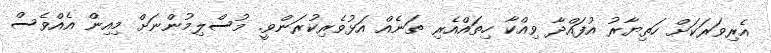
އެރިވަރަކަށް ހަތިޔާރު އުފައްދާ ވިއްކާ ހިތައްއެރި ތަނެއް އަޅުވެރިކުރަންވީ. މުސްލިމުންނަށް މިއިން އެއްވެސް